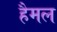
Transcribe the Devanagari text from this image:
हैमल